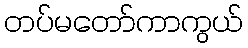
တပ်မတော်ကာကွယ်